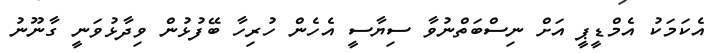
އެކަމަކު އެމްޑީޕީ އަށް ނިސްބަތްނުވާ ސިޔާސީ އެހެން ހުރިހާ ބޭފުޅުން ވިދާޅުވަނީ ގާނޫނު